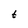
Character: t